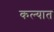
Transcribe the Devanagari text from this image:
कल्यात